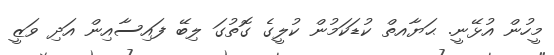
މީހުން އުޅޭނީ. ޙަޔާއތް ކުޑަކަމުން ކުލީގެ ގޮތުގަ ލިބޭ ފައިސާއިން އަދި ވަޒީ